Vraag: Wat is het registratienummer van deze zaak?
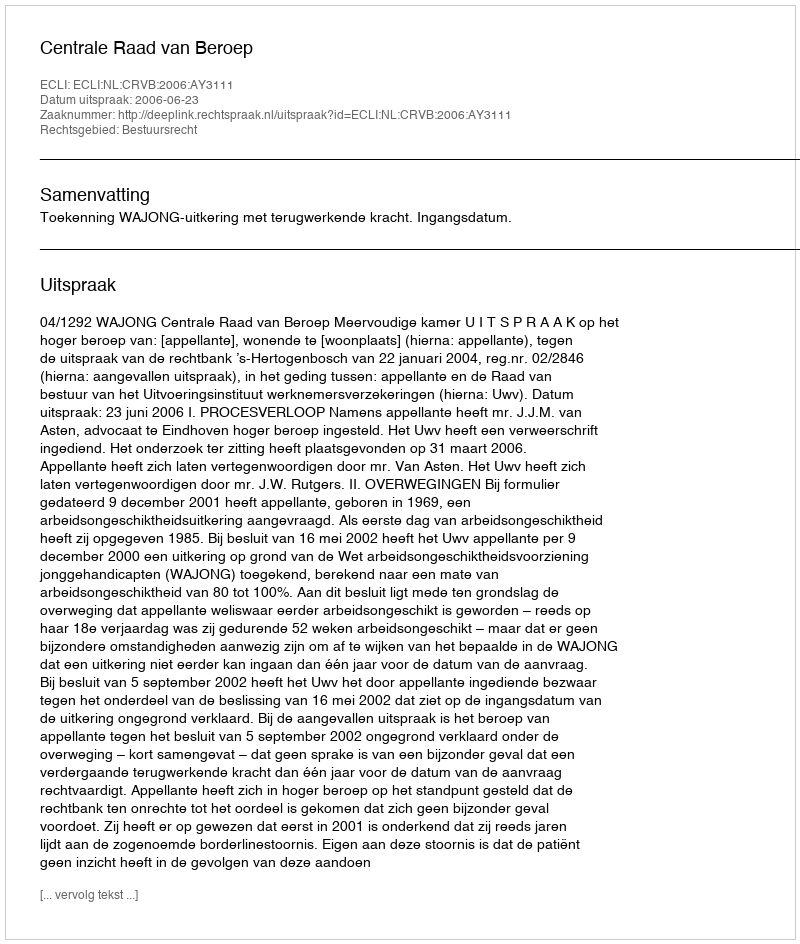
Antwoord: http://deeplink.rechtspraak.nl/uitspraak?id=ECLI:NL:CRVB:2006:AY3111